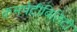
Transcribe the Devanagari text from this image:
कमपेटीबिलिटी